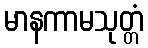
မာနကာမသုတ္တံ